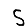
Digit: 5